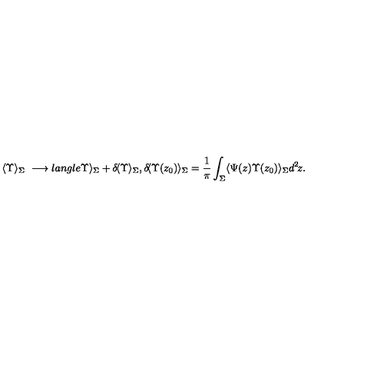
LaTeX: \langle \Upsilon \rangle _ { \Sigma } \ \longrightarrow l a n g l e \Upsilon \rangle _ { \Sigma } + \delta \! \langle \Upsilon \rangle _ { \Sigma } , \delta \! \langle \Upsilon ( z _ { 0 } ) \rangle _ { \Sigma } = \frac { 1 } { \pi } \int _ { \Sigma } \langle \Psi ( z ) \Upsilon ( z _ { 0 } ) \rangle _ { \Sigma } d ^ { 2 } \! z .